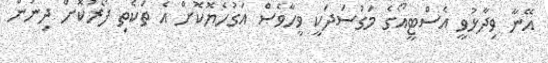
އޭނާ ވިދާޅުވީ އެސްޓީއޯގެ މަގުސަދަކީ ވީހާވެސް އަގުހެޔޮކޮށް އެ ތަކެތި ފޯރުކޮށް ދިނުން